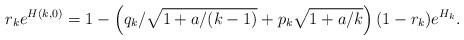
LaTeX: \begin{align*}r_k e^{H(k,0)} =1- \left( q_k/\sqrt{1+a/(k-1)} +p_k \sqrt{1+a/k}\right) (1-r_k)e^{H_k}. \end{align*}